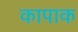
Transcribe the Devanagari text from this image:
कापाक